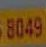
8049